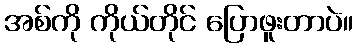
အစ်ကို ကိုယ်တိုင် ပြောဖူးတာပဲ။